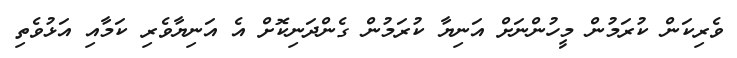
ވެރިކަން ކުރަމުން މީހުންނަށް އަނިޔާ ކުރަމުން ގެންދަނިކޮށް އެ އަނިޔާވެރި ކަމާއި އަޅުވެތި